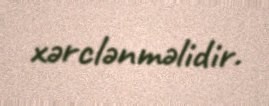
xərclənməlidir.